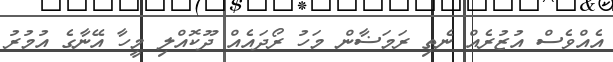
އެއްވެސް އުޒުރެއް ނެތި ރަމަޟާން މަހު ރޯދައެއް ދޫކޮއްލި މީހާ އޭނާގެ އުމުރު